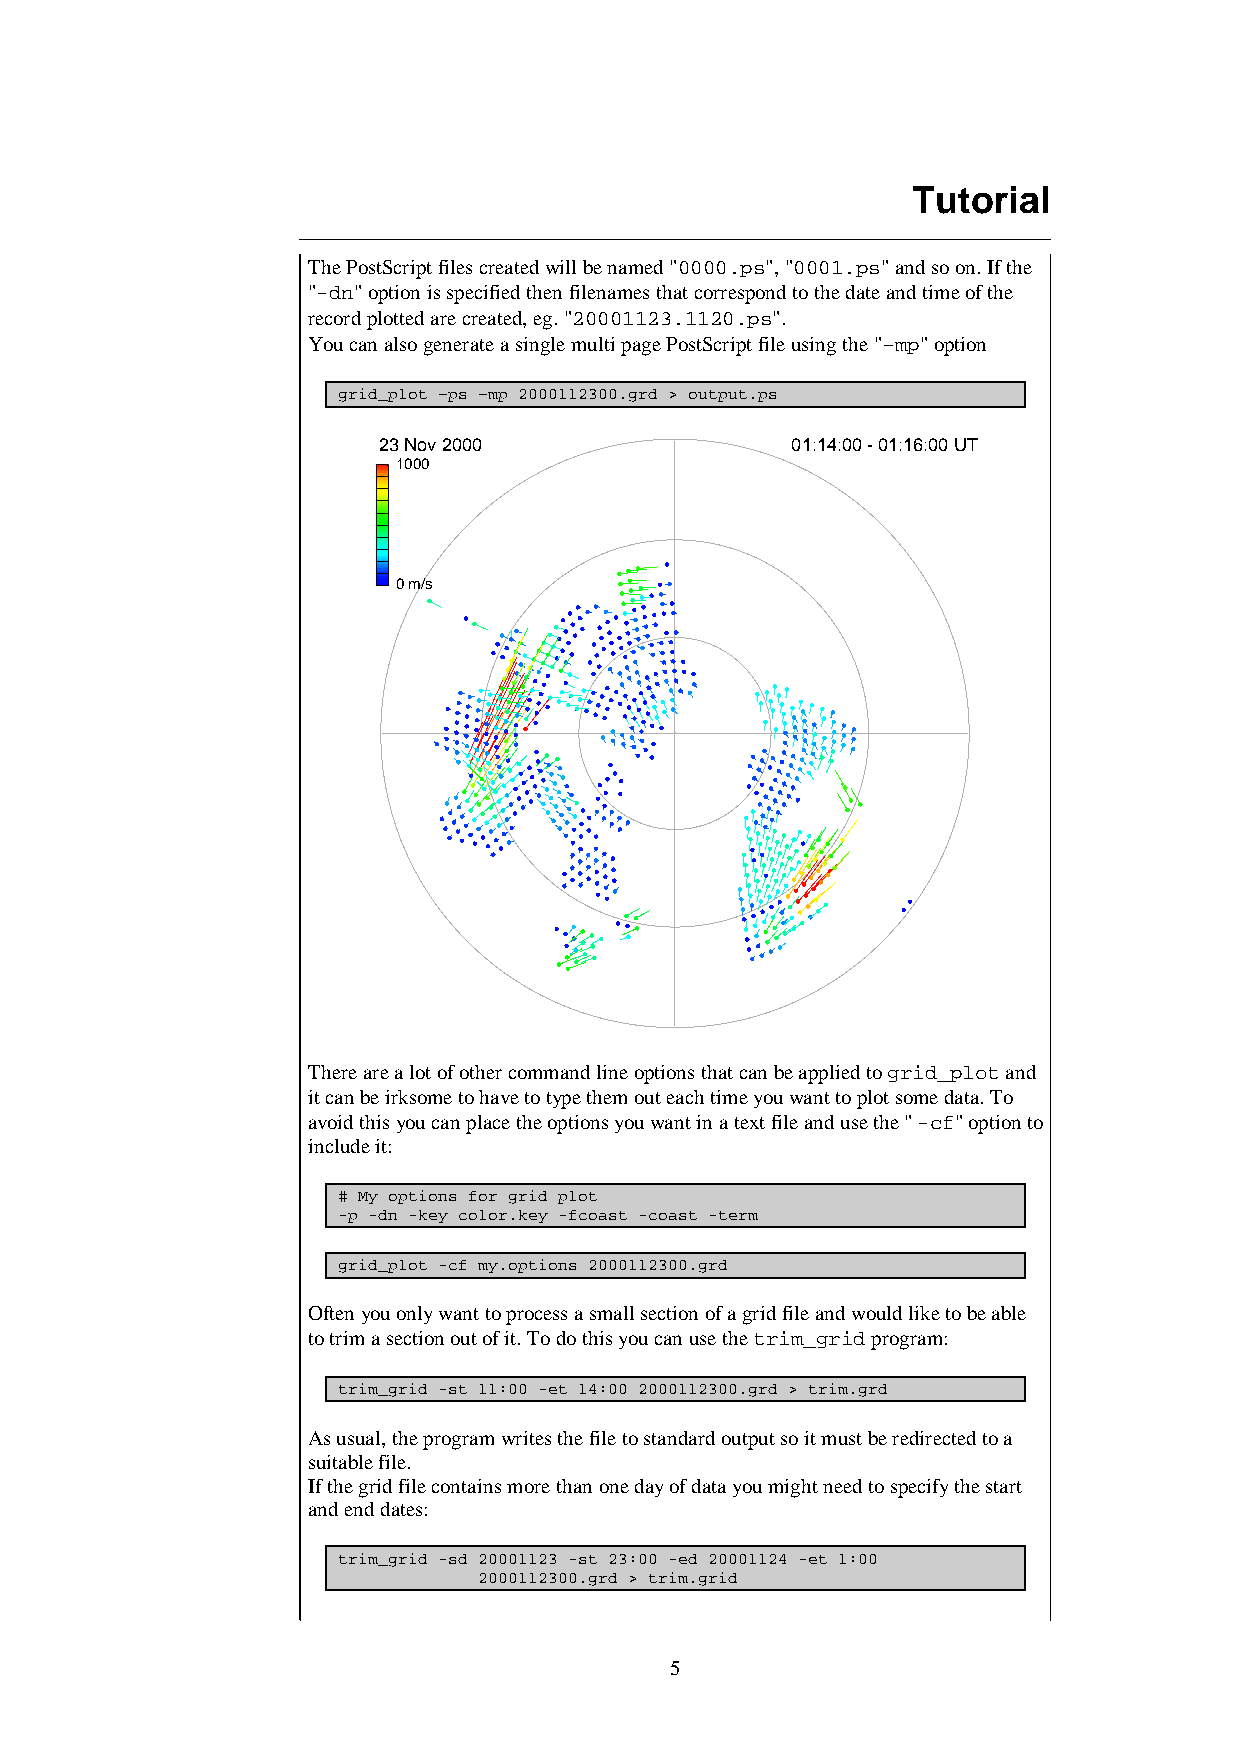
Tutorial
 The PostScript files created will be named "0000.ps", "0001.ps" and so on. If the
 "-dn" option is specified then filenames that correspond to the date and time of the
 record plotted are created, eg. "20001123.1120.ps".
 You can also generate a single multi page PostScript file using the "–mp" option
 grid_plot –ps –mp 2000112300.grd > output.ps
 23 Nov 2000                01:14:00 - 01:16:00 UT
 1000
 0 m/s
 There are a lot of other command line options that can be applied to grid_plot and
 it can be irksome to have to type them out each time you want to plot some data. To
 avoid this you can place the options you want in a text file and use the " -cf" option to
 include it:
 # My options for grid plot
 -p -dn -key color.key -fcoast -coast -term
 grid_plot -cf my.options 2000112300.grd
 Often you only want to process a small section of a grid file and would like to be able
 to trim a section out of it. To do this you can use the trim_grid program:
 trim_grid -st 11:00 -et 14:00 2000112300.grd > trim.grd
 As usual, the program writes the file to standard output so it must be redirected to a
 suitable file.
 If the grid file contains more than one day of data you might need to specify the start
 and end dates:
 trim_grid -sd 20001123 -st 23:00 -ed 20001124 -et 1:00
 2000112300.grd > trim.grid
 5